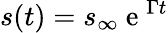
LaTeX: s(t)=s_{\infty}\mathrm{~e~}^{\Gamma t}